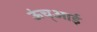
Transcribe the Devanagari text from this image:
ऊंच्आई